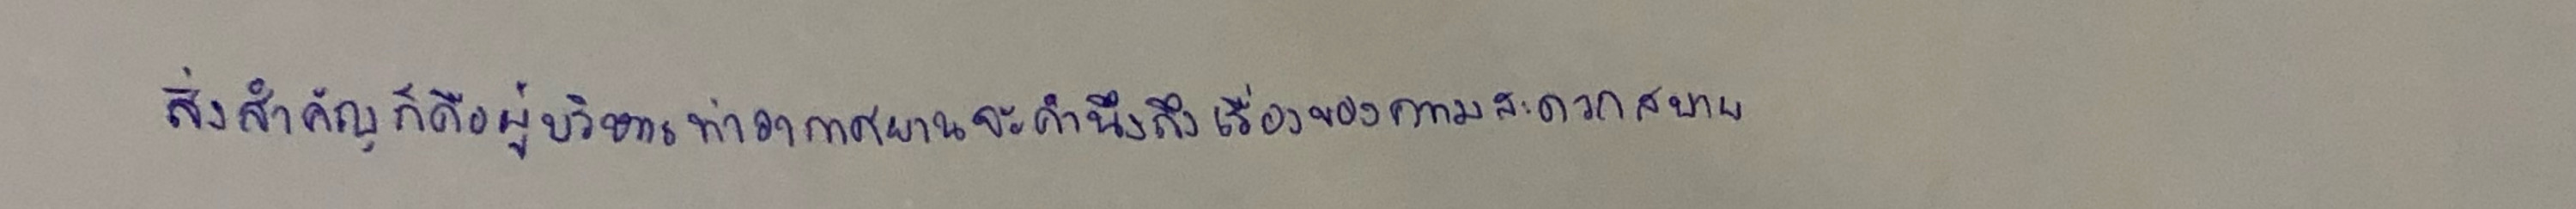
สิ่งสำคัญก็คือผู้บริหารท่าอากาศยานจะคำนึงถึงเรื่องของความสะดวกสบาย